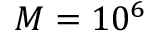
M = 1 0 ^ { 6 }